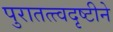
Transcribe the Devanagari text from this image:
पुरातत्त्वदृष्टीने